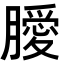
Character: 𭩊